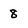
Character: 8